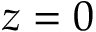
z = 0